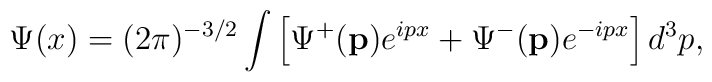
\Psi (x)=(2\pi )^{-3/2}\int \left[ \Psi^{+}(\mathbf{p})e^{ipx}+\Psi ^{-}( \mathbf{p})e^{-ipx}\right] d^3p,